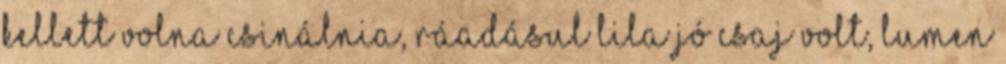
kellett volna csinálnia, ráadásul Lila jó csaj volt, Lumen